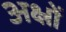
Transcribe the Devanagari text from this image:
अक्ष्रों